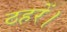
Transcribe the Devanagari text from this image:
ठहरें।